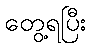
တွေ့ရပြီး